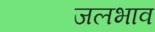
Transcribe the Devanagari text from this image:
जलभाव